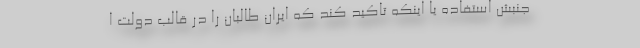
جنبش استفاده یا اینکه تاکید کند که ایران طالبان را در قالب دولت ا